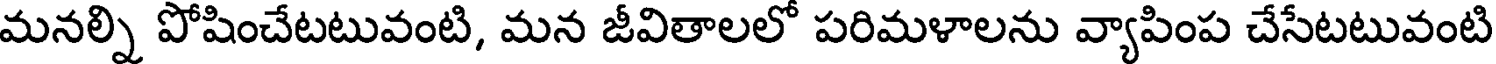
మనల్ని పోషించేటటువంటి, మన జీవితాలలో పరిమళాలను వ్యాపింప చేసేటటువంటి